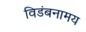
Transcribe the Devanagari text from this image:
विडंबनामय